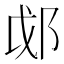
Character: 𫑛